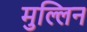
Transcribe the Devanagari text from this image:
मुल्लिन